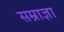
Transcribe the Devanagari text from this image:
सम्राज्ञा